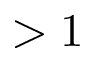
> 1